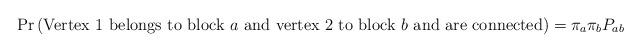
LaTeX: \begin{align*}\Pr\left(\mbox{Vertex 1 belongs to block } a \mbox{ and vertex 2 to block }b\mbox{ and are connected}\right)=\pi_a\pi_b P_{ab}\end{align*}